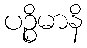
ပဉ္စိမာနိ